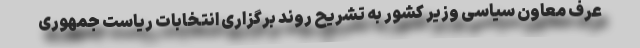
عرف معاون سیاسی وزیر کشور به تشریح روند برگزاری انتخابات ریاست جمهوری